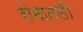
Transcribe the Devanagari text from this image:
रोमातली